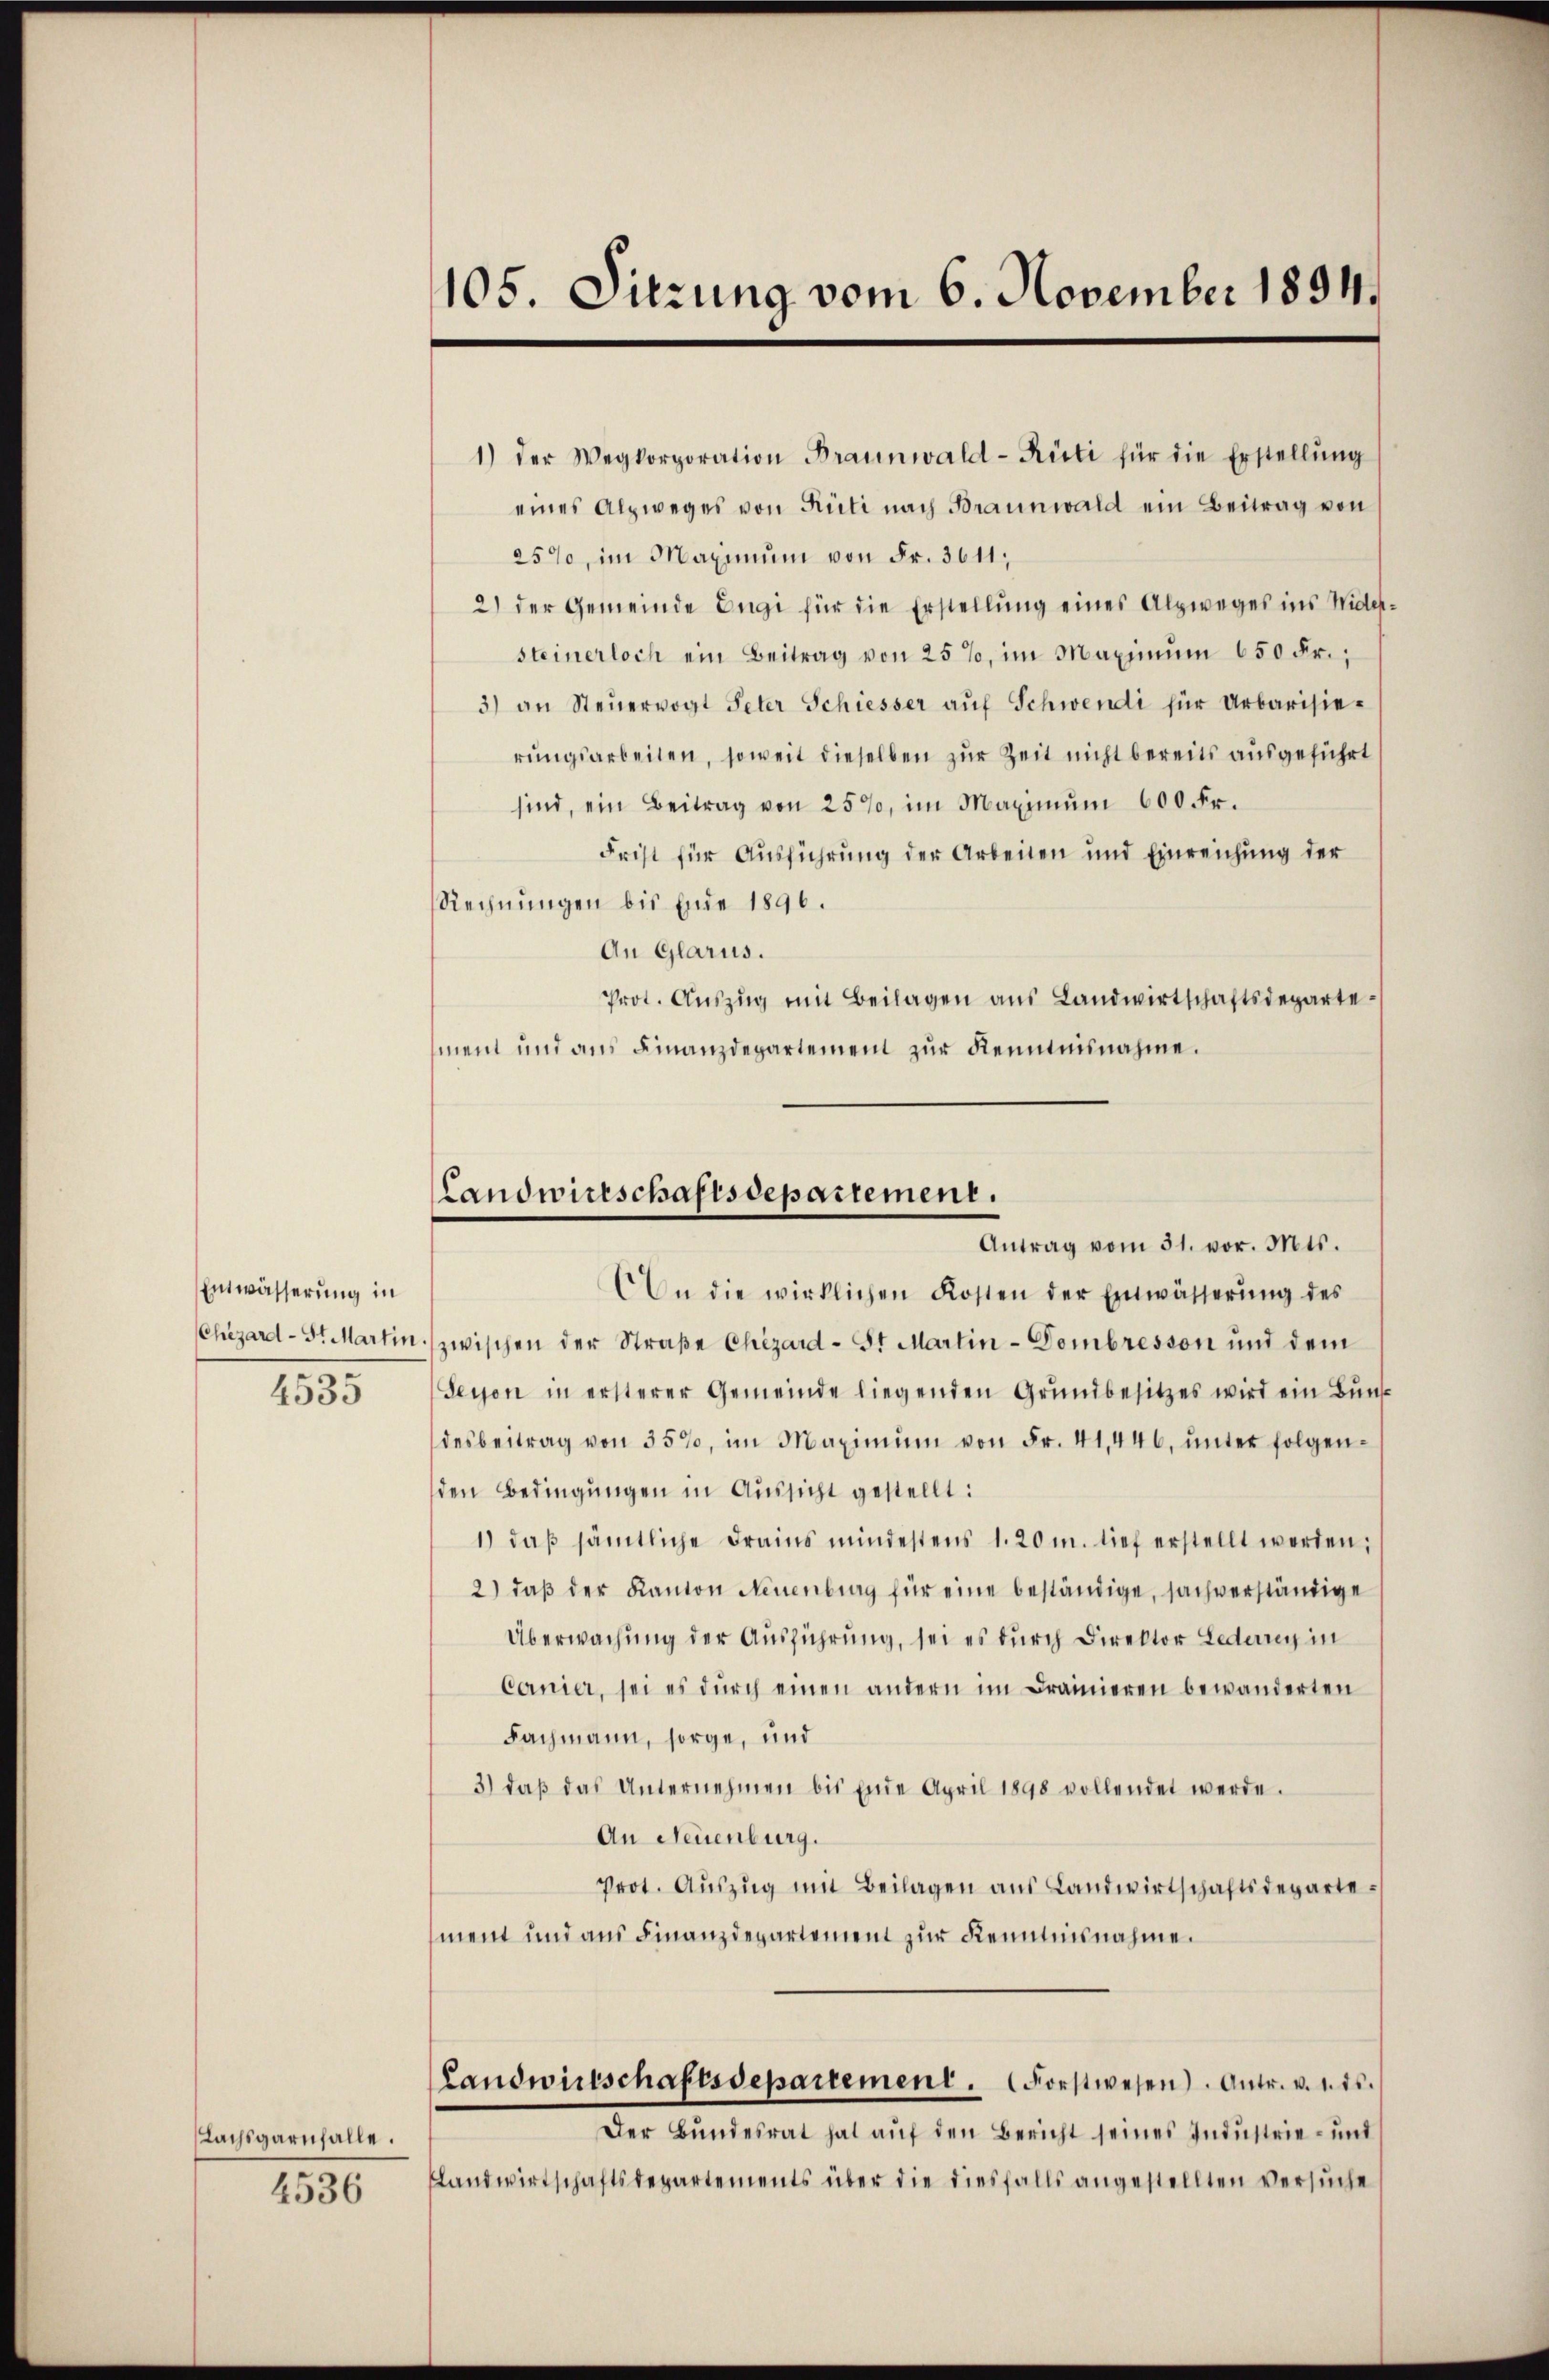
Entwässerung in
Chezard - St. Martin
4535

Lachsgarnfalle.
4536

1) der Wegkorporation Braunwald-Rüti für die Erstellŭng
eines Alzweges von Rüti nach Braunwald ein Beitrag von
25%, im Maximum von Fr. 3611;
2) der Gemeinde Engi für die Erstellung eines Alpweges ins Widersteinerloch ein Beitrag von 25%, im Maximŭm 650 Fr.;
3) an Steŭervogt Peter Schiesser aŭf Schwendi für Urbarisierungsarbeiten, soweit dieselben zur Zeit nicht bereits ausgeführt
sind, ein Beitrag von 25%, im Maximŭm 600 Fr.
Frist für Ausführung der Arbeiten und Einreichung der
Rechnungen bis Eine 1890.
An Glarus.
Prot. Aŭszŭg mit Beilagen aus Landwirtschaftsdepartement und aus Finanzdepartement zur Kenntnisnahme.

105. Sitzung vom 6. November 1894.

Landwirtschaftsdepartement.
Antrag vom 31. vor. Mts.

An die wirklichen Kosten der Einwässerŭng des
zwischen der Straße Chizard-St Martin-Dombresson und dem
Seyen in ersterer Gemeinde liegenden Grundbesitzes wird ein Bund
desbeitrag von 35%, im Maximŭm von Fr. 41,446, ŭnter folgen-
den Bedingungen in Aussicht gestellt:
1) daβ sämtliche Frains mindestens 1. 20 m. tief erstellt werden;
2) daβ der Kanton Neuenburg für eine beständige, sachverständige
Überwachung der Ausführung, sei es durch Direktor Lederren in
Cornier, sei es durch einen andern im Drainieren bewanderten
Fachmann, sorge, und
3) daβ das Unternehmen bis Ende April 1898 vollendet werde.
An Neuenburg.
Prot. Aŭszŭg mit Beilagen aus Landwirtschaftsdepartement und aus Finanzdepartement zur Kenntnisnahme.
Landwirtschaftsdepartement. Forstwesen. Antr. v. u. ds.
Der Bŭndesrat hat aŭf den Bericht seines Industrie- und
Landwirtschaftsdepartements über die diesfalls angestellten versŭche